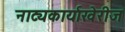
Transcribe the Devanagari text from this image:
नाट्यकार्याखेरीज